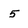
Character: 5